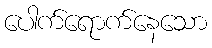
ပေါက်ရောက်နေသော